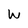
Character: W